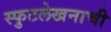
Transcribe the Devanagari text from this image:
स्फुटलेखनाची